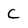
Character: C